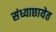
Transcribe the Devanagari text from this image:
संध्याछायेत